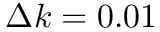
\Delta k = 0 . 0 1